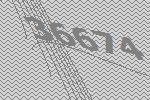
36674